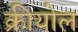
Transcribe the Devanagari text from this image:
क्रीयोल